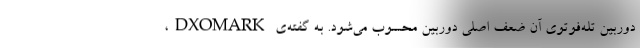
دوربین تله‌فوتوی آن ضعف اصلی ‌دوربین محسوب می‌شود. به گفته‌ی DXOMARK،